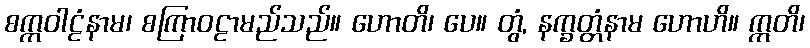
စက္ကဝါဠံနာမ၊ စကြာဝဠာမည်သည်။ ဟောတိ၊ ပေ။ တွံ, နက္ခတ္တံနာမ ဟောဟိ။ ဣတိ၊